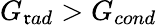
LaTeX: G_{\mathfrak{r}ad}>G_{cond}